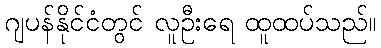
ဂျပန်နိုင်ငံတွင် လူဦးရေ ထူထပ်သည်။